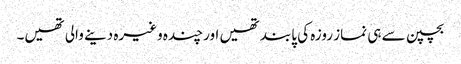
بچپن سے ہی نماز روزہ کی پابند تھیں اور چندہ وغیرہ دینے والی تھیں۔